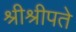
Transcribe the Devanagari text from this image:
श्रीश्रीपते